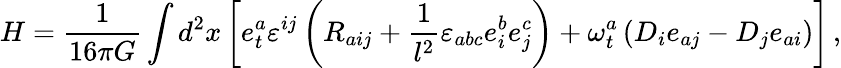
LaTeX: H={\frac{1}{16\pi G}}\int d^{2}x\left[e_{t}^{a}\varepsilon^{ij}\left(R_{aij}+{\frac{1}{l^{2}}}\varepsilon_{abc}e_{i}^{b}e_{j}^{c}\right)+\omega_{t}^{a}\left(D_{i}e_{aj}-D_{j}e_{ai}\right)\right]\, ,